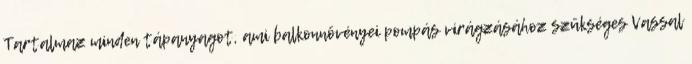
Tartalmaz minden tápanyagot, ami balkonnövényei pompás virágzásához szükséges Vassal